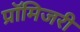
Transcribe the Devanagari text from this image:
प्रॉमिजरी